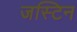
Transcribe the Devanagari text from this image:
जस्‍टिन